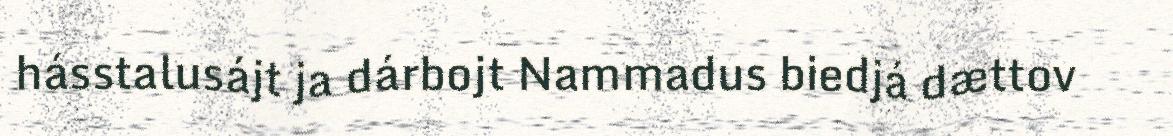
hásstalusájt ja dárbojt Nammadus biedjá dættov